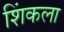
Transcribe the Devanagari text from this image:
शिंकला